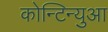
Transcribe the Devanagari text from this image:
कोन्टिन्युआ